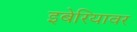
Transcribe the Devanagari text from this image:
इबेरियावर